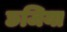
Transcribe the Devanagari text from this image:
छजिया